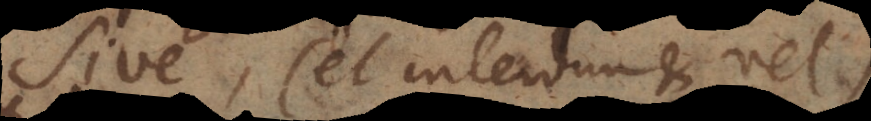
Sive, (et interdum et vel)